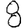
Digit: 8